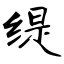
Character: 缇